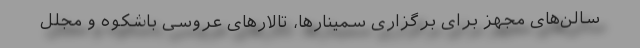
سالن‌های مجهز برای برگزاری سمینارها، تالارهای عروسی باشکوه و مجلل